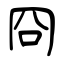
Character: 冏